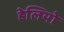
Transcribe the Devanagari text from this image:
हेलियो